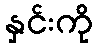
နှင်းကို